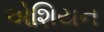
એશિયન